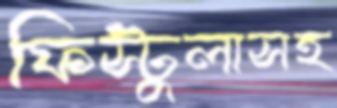
ফিস্টুলাসহ